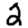
Digit: 2